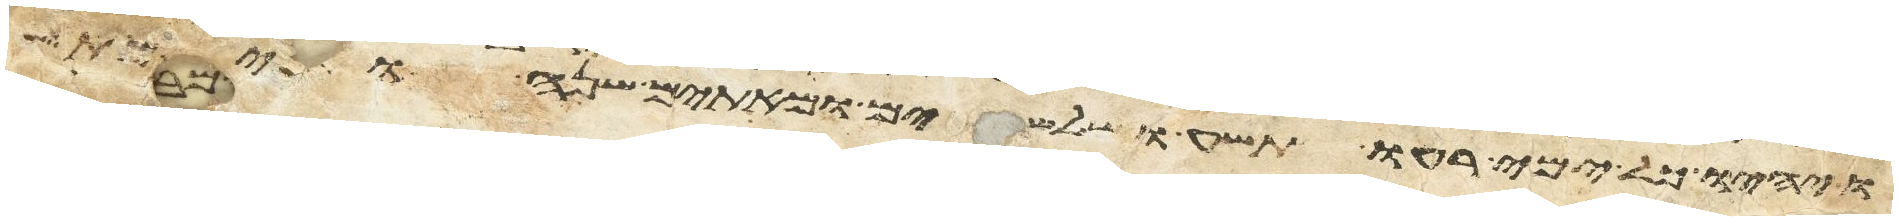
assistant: ויהיו כל ימי רעו תשע ושלשים ומאתים שנה וימת